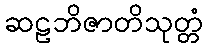
ဆဠဘိဇာတိသုတ္တံ